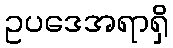
ဥပဒေအရာရှိ